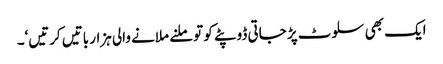
ایک بھی سلوٹ پڑ جاتی ڈوپٹے کو تو ملنے ملانے والی ہزار باتیں کرتیں‘۔